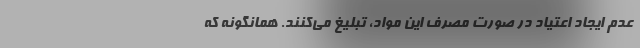
عدم ایجاد اعتیاد در صورت مصرف این مواد، تبلیغ می‌کنند. همانگونه که